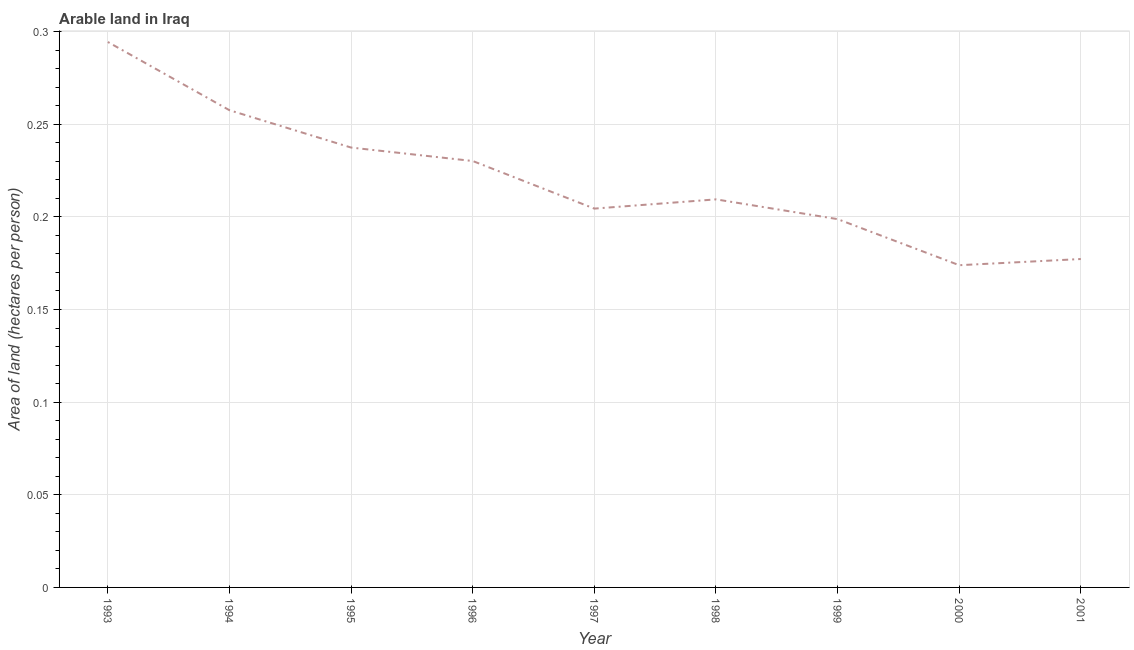
| Year | Arable land |
 | --- | --- |
 | 1993 | 0.294 |
 | 1994 | 0.258 |
 | 1995 | 0.237 |
 | 1996 | 0.23 |
 | 1997 | 0.204 |
 | 1998 | 0.209 |
 | 1999 | 0.199 |
 | 2000 | 0.174 |
 | 2001 | 0.177 |